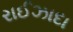
રાઈઝાદા